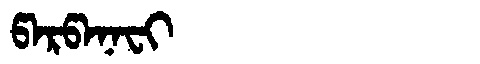
Manchu: ᡦᠠᡵᡦᠠᠨᠠᠸᡳ
Romanization: PARPANAFI